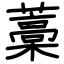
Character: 藁